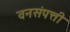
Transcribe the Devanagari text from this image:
वनसंपत्ती